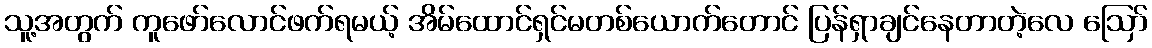
သူ့အတွက် ကူဖော်လောင်ဖက်ရမယ့် အိမ်ထောင်ရှင်မတစ်ယောက်တောင် ပြန်ရှာချင်နေတာတဲ့လေ ဪ